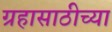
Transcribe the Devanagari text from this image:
ग्रहासाठीच्या